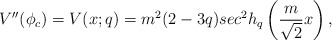
\begin{align*}V^{\prime \prime}(\phi_c)=V(x;q) =m^2(2-3q)sec^2h_q\left(\frac{m}{\sqrt 2}x \right),\end{align*}